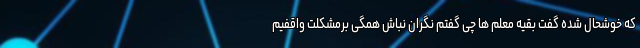
که خوشحال شده گفت بقیه معلم ها چی گفتم نگران نباش همگی برمشکلت واقفیم